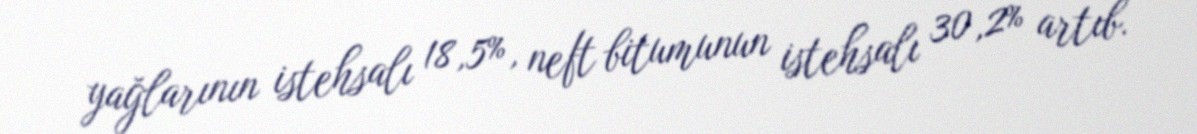
yağlarının istehsalı 18,5%, neft bitumunun istehsalı 30,2% artıb.